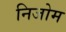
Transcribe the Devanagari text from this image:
निजोम